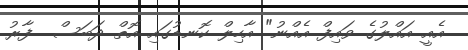
އެއީ އައްލުގެ ވައިފް އެއްނު" އާހިލް ކޮނޑުގައި އޮތް ދަބަސް  ފާރު